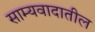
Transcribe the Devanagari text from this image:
साम्यवादातील